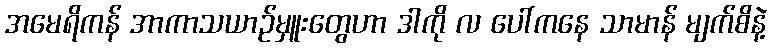
အမေရိကန် အာကာသယာဉ်မှူးတွေဟာ ဒါကို လ ပေါ်ကနေ သာမာန် မျက်စိနဲ့